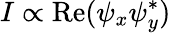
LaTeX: I\propto\mathrm{Re}(\psi_{x}\psi_{y}^{*})